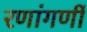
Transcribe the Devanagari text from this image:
रणांगणीं